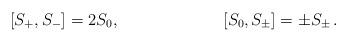
LaTeX: \begin{align*}[S_+,S_-]=2S_0 , && [S_0 ,S_\pm]=\pm S_\pm\,.\end{align*}